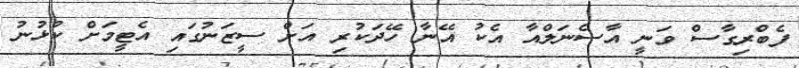
ފެބްރިގާސް ވަނީ އާސެނަލްއާ އެކު އޭނާ ހޭދަކުރި އަށް ސީޒަނުގައި އެޓީމަށް ކުޅުނު